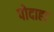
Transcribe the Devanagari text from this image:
पोदाहट